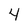
Character: 4